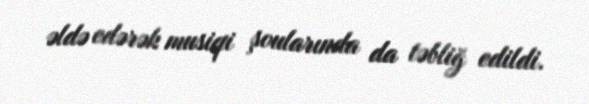
əldə edərək musiqi şoularında da təbliğ edildi.